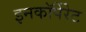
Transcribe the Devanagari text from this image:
इनकाॅर्पेरेट